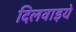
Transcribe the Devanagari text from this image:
दिलवाइये